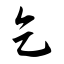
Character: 乞